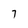
Character: 7